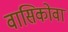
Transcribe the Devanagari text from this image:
वासिकोवा